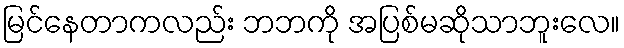
မြင်နေတာကလည်း ဘဘကို အပြစ်မဆိုသာဘူးလေ။